Eesti_Vabariigi_Tartu_Ulikool, lk 29
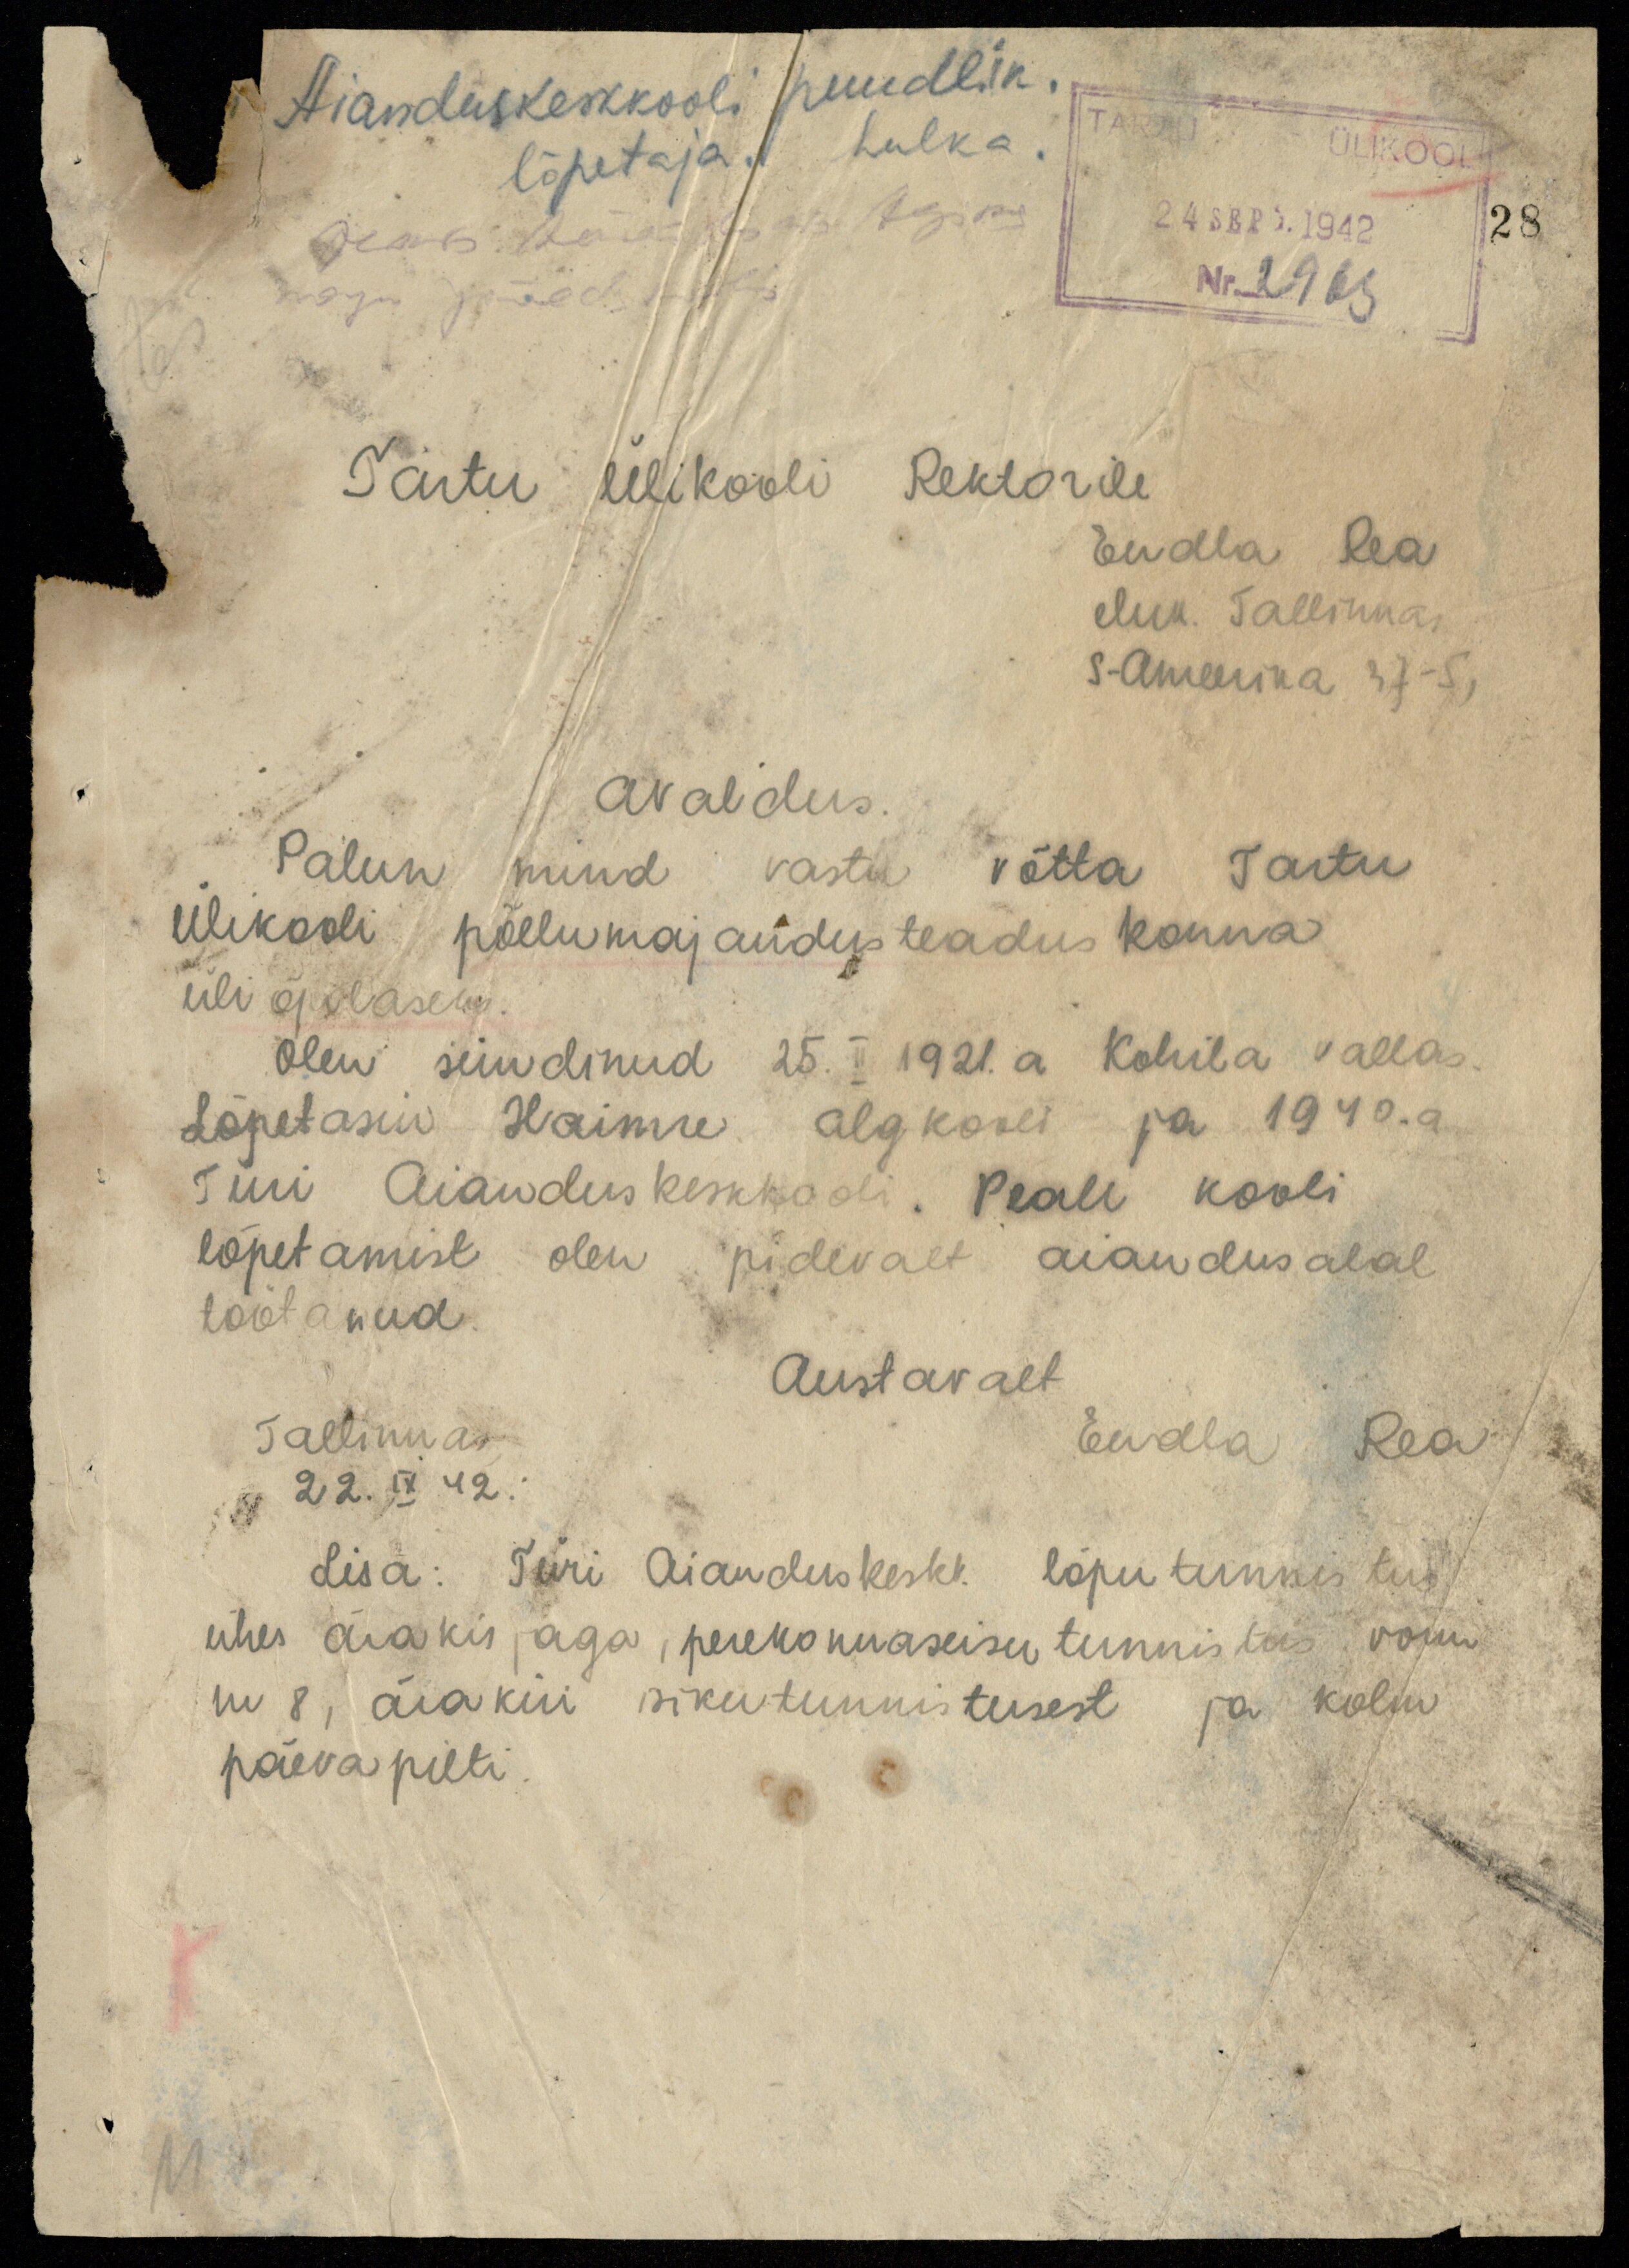
Aianduskeskkooli puudlik
lõpetaja. hulka
TARTU ÜLIKOOL
4 SEPT. 1942
Nr. 2963
28
Tartu Ülikooli Rektorile
Endla Rea
eluk. Tallinnas.
S-Ameerika 37-5,

Avaldus.
Palun, mind vastu võtta Tartu
Ülikooli põllumajandusteaduskonna
üliõpilaseks.
Olen sündinud 25. II 1921. a Kohila vallas.
Lõpetasin Haimre algkooli ja 1940. a
Türi Aianduskeskkooli. Peale kooli
lõpetamist olen pidevalt aiandusalal
töötanud.
Austavalt
Endla Rea
Tallinnas,
22. IX 42.
Lisa: Türi Aianduskeskk. lõputunnistus
ühes ärakirjaga , perekonnaseisu tunnistus vorm
nr 8, ärakiri isikutunnistusest ja kolm
päeva pilti.